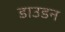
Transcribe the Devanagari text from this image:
डाउडन